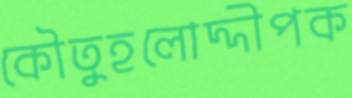
কৌতুহলোদ্দীপক